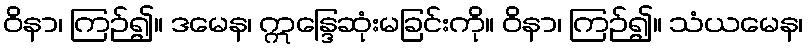
ဝိနာ၊ ကြဉ်၍။ ဒမေန၊ ဣန္ဒြေဆုံးမခြင်းကို။ ဝိနာ၊ ကြဉ်၍။ သံယမေန၊